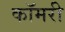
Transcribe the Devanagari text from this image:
कॉमरी